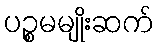
ပဉ္စမမျိုးဆက်